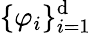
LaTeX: \{ \varphi_{i}\} _{i=1}^{\mathrm{d}}